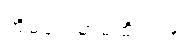
အိမ်ရှေ့မှာမထိုင်ပါနဲ့။